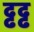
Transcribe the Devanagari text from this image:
ढ्ढढ्ढ